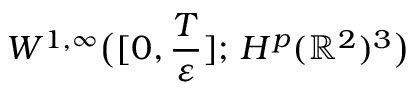
W ^ { 1 , \infty } \big ( [ 0 , \frac { T } { \varepsilon } ] ; \, H ^ { p } ( \mathbb { R } ^ { 2 } ) ^ { 3 } \big )